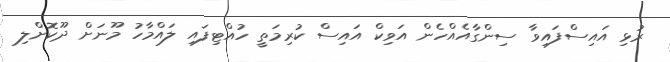
ރުޅި އައިސްފައިވާ ސިންގާއެއްހެން އަވިކް އައިސް ކުރިމަތީ ހުއްޓިފައި ލައްމާހު މޫނަށް ދޫކޮށްލި